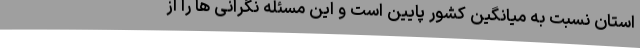
استان نسبت به میانگین کشور پایین است و این مسئله نگرانی ها را از